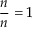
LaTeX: { \frac { n } { n } } = 1